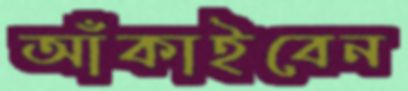
আঁকাইবেন